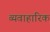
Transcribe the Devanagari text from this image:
व्यवाहारिक